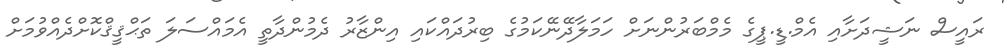
ރައީސް ނަޝީދަށާއި އެމް.ޑީ.ޕީގެ މެމްބަރުންނަށް ހަމަލާދޭނޭކަމުގެ ބިރުދައްކައި އިންޒާރު ދެމުންދާތީ އެމައްސަލަ ތަޙްޤީޤްކޮށްދެއްވުމަށް